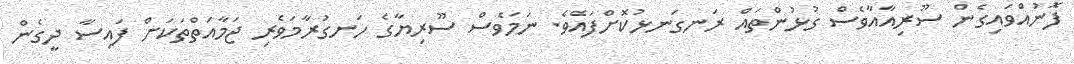
ފޮނުއްވައިގެން ސޫރިއާއާވެސް ގުޅުންތައް ރަނގަނޅުކޮށްފައެވެ. ނަމަވެސް ސޫރިޔާގެ ހަނގުރާމަވެރި ޖަމާއަތްތަކަށް ފައިސާ ދީގެން